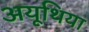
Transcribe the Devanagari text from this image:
अयूथिया